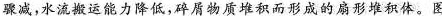
骤减，水流搬运能力降低，碎屑物质堆积而形成的扇形堆积体。图